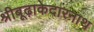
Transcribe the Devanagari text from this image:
श्रीबूढ़ाकेदारनाथ